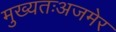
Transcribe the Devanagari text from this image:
मुख्यतःअजमेर